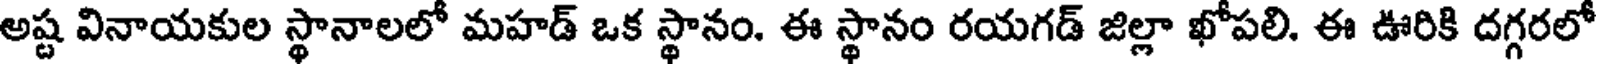
అష్ట వినాయకుల స్థానాలలో మహడ్ ఒక స్థానం. ఈ స్థానం రయగడ్ జిల్లా ఖోపలి. ఈ ఊరికి దగ్గరలో